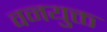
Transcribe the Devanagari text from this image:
वनयुक्त